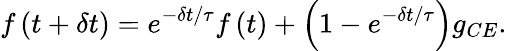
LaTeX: f\left({t+\delta t}\right)=e^{-\delta t/\tau}f\left(t\right)+\left({1-e^{-\delta t/\tau}}\right)g_{CE}.